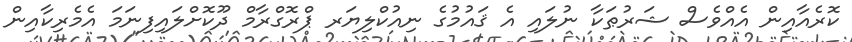
ކޮރެއާއިން އެއްވެސް ޝަރުޠަކާ ނުލައި އެ ޤައުމުގެ ނިއުކްލިޔަރ ޕްރޮގްރާމް ދޫކޮށްލައިފިނަމަ އެމެރިކާއިން